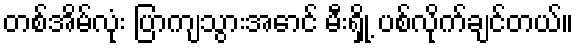
တစ်အိမ်လုံး ပြာကျသွားအောင် မီးရှို့ ပစ်လိုက်ချင်တယ်။